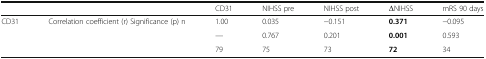
<table><thead><tr><td colspan="2"></td><td><b>CD31</b></td><td><b>NIHSS pre</b></td><td><b>NIHSS post</b></td><td><b>ΔNIHSS</b></td><td><b>mRS 90 days</b></td></tr></thead><tbody><tr><td rowspan="3">CD31</td><td rowspan="3">Correlation coefficient (r) Significance (p) n</td><td>1.00</td><td>0.035</td><td>−0.151</td><td><b>0.371</b></td><td>−0.095</td></tr><tr><td>—</td><td>0.767</td><td>0.201</td><td><b>0.001</b></td><td>0.593</td></tr><tr><td>79</td><td>75</td><td>73</td><td><b>72</b></td><td>34</td></tr></tbody></table>